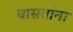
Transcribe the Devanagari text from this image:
घासतांना